Proceedings of the meeting of veterinary officers in India
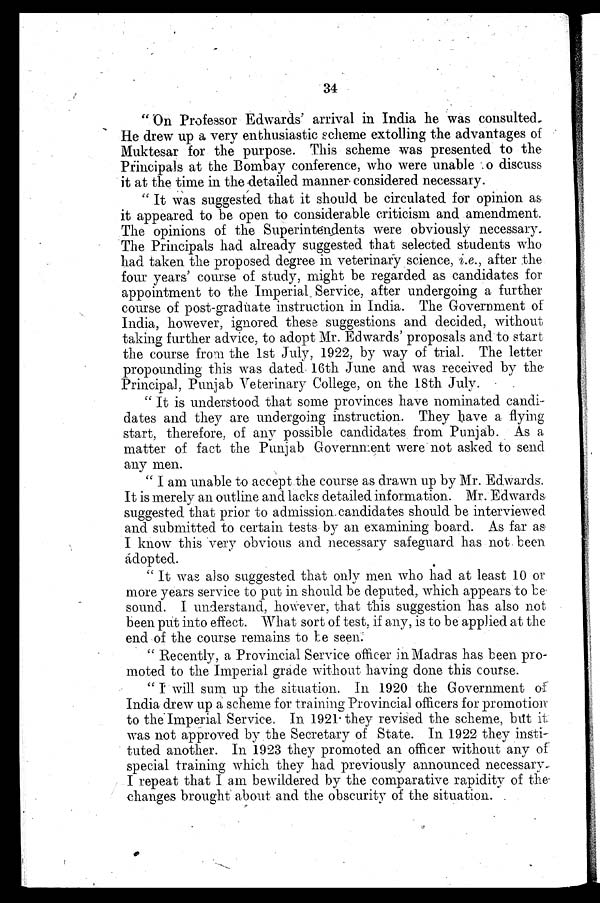
34
"On Professor Edwards' arrival in India he was consulted.
He drew up a very enthusiastic scheme extolling the advantages of
Muktesar for the purpose. This scheme was presented to the
Principals at the Bombay conference, who were unable o discuss
it at the time in the detailed manner considered necessary.
"It was suggested that it should be circulated for opinion as
it appeared to be open to considerable criticism and amendment.
The opinions of the Superintendents were obviously necessary.
The Principals had already suggested that selected students who
had taken the proposed degree in veterinary science, i.e., after the
four years' course of study, might be regarded as candidates for
appointment to the Imperial Service, after undergoing a further
course of post-graduate instruction in India. The Government of
India, however, ignored these suggestions and decided, without
taking further advice, to adopt Mr. Edwards' proposals and to start
the course from the 1st July, 1922, by way of trial. The letter
propounding this was dated 16th June and was received by the
Principal, Punjab Veterinary College, on the 18th July.
"It is understood that some provinces have nominated candi-
dates and they are undergoing instruction. They have a flying
start, therefore, of any possible candidates from Punjab. As a
matter of fact the Punjab Government were not asked to send
any men.
"I am unable to accept the course as drawn up by Mr. Edwards.
It is merely an outline and lacks detailed information. Mr. Edwards
suggested that prior to admission candidates should be interviewed
and submitted to certain tests by an examining board. As far as
I know this very obvious and necessary safeguard has not been
adopted.
"It was also suggested that only men who had at least 10 or
more years service to put in should be deputed, which appears to be
sound. I understand, however, that this suggestion has also not
been put into effect. What sort of test, if any, is to be applied at the
end of the course remains to be seen.
"Recently, a Provincial Service officer in Madras has been pro-
moted to the Imperial grade without having done this course.
"I will sum up the situation. In 1920 the Government of
India drew up a scheme for training Provincial officers for promotion
to the Imperial Service. In 1921 they revised the scheme, but it
was not approved by the Secretary of State. In 1922 they insti-
tuted another. In 1923 they promoted an officer without any of
special training which they had previously announced necessary.
I repeat that I am bewildered by the comparative rapidity of the
changes brought about and the obscurity of the situation.